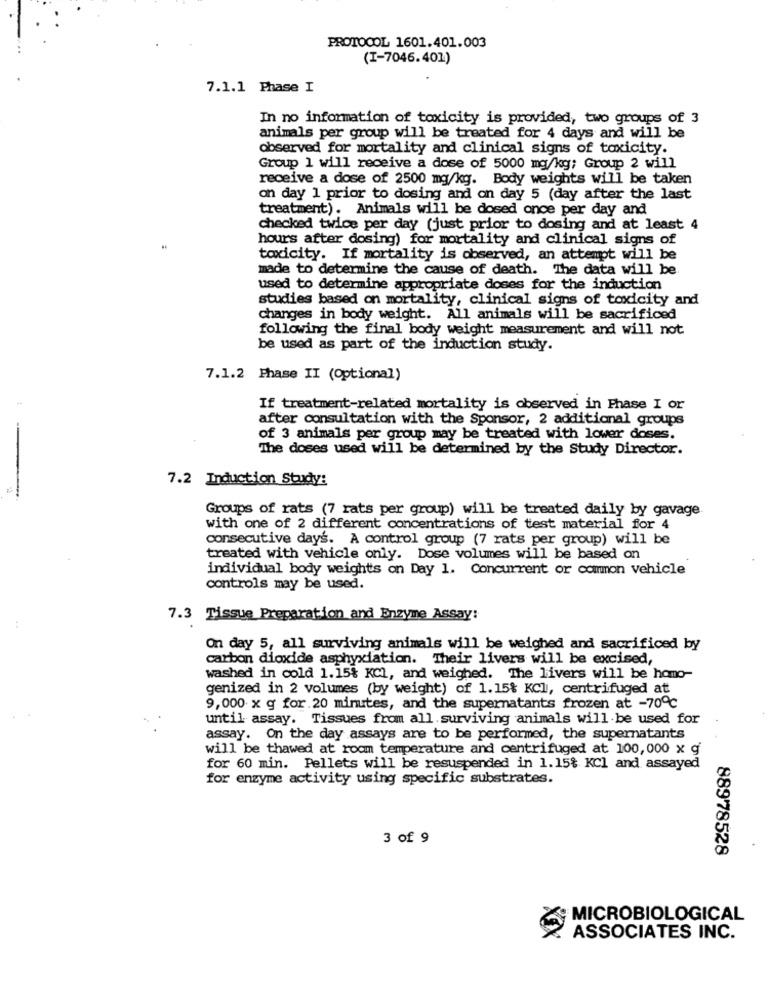
PROTOCOL 1601.401.003
(I-7046.401)
7.1.1 Phase I
In no information of toxicity is provided, two groups of 3
animals per group will be treated for 4 days and will be
observed for mortality and clinical signs of toxicity.
Group 1 will receive a dose of 5000 mg/kg; Group 2 will
receive a dose of 2500 mg/kg. Body weights will be taken
on day 1 prior to dosing and on day 5 (day after the last
treatment). Animals will be dosed once per day and
checked twice per day (just prior to dosing and at least 4
hours after dosing) for mortality and clinical signs of
toxicity. If mortality is observed, an attempt will be
made to determine the cause of death. The data will be
used to determine appropriate doses for the induction
studies based on mortality, clinical signs of toxicity and
changes in body weight. All animals will be sacrificed
following the final body weight measurement and will not
be used as part of the induction study.
7.1.2 Phase II (Optional)
If treatment-related mortality is observed in Phase I or
after consultation with the Sponsor, 2 additional groups
of 3 animals per group may be treated with lower doses.
The doses used will be determined by the Study Director.
7.2 Induction Study:
Groups of rats (7 rats per group) will be treated daily by gavage
with one of 2 different concentrations of test material for 4
consecutive days. A control group (7 rats per group) will be
treated with vehicle only. Dose volumes will be based on
individual body weights on Day 1. Concurrent or common vehicle
controls may be used.
7.3 Tissue Preparation and Enzyme Assay:
On day 5, all surviving animals will be weighed and sacrificed by
carbon dioxide asphyxiation. Their livers will be excised,
washed in cold 1.15% KCI, and weighed. The livers will be homo-
genized in 2 volumes (by weight) of 1.15% KCl, centrifuged at
9,000 x g for.20 minutes, and the supernatants frozen at -70℃
until assay. Tissues from all surviving animals will be used for
assay. On the day assays are to be performed, the supernatants
will be thawed at room temperature and centrifuged at 100,000 x g
for 60 min. Pellets will be resuspended in 1.15% KCl and assayed
for enzyme activity using specific substrates.
3 of 9
88978528
MICROBIOLOGICAL
ASSOCIATES INC.